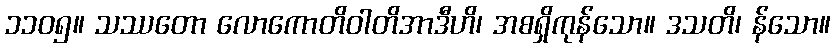
၁၁၀၅။ သဿတော လောကောတိဝါတိအာဒီဟိ၊ အစရှိကုန်သော။ ဒသတိ၊ န်သော။